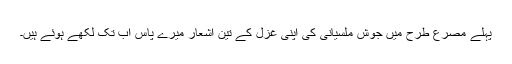
پہلے مصرع طرح میں جوش ملسیانی کی اپنی غزل کے تین اشعار میرے پاس اب تک لکھے ہوئے ہیں۔